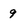
Character: 9